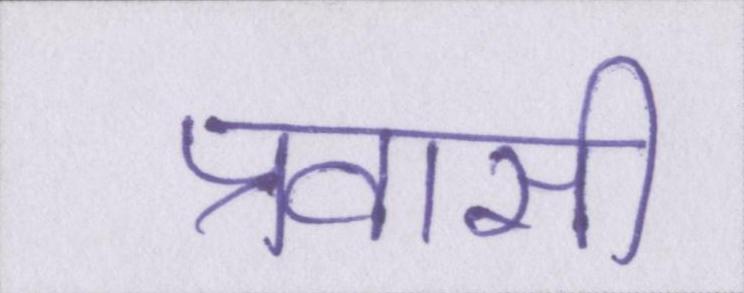
प्रवासी